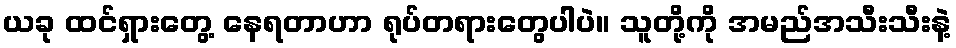
ယခု ထင်ရှားတွေ့ နေရတာဟာ ရုပ်တရားတွေပါပဲ။ သူတို့ကို အမည်အသီးသီးနဲ့